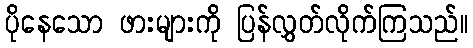
ပိုနေသော ဖားများကို ပြန်လွှတ်လိုက်ကြသည်။